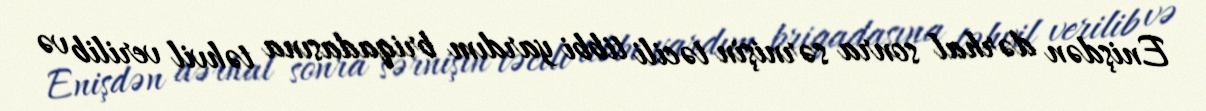
Enişdən dərhal sonra sərnişin təcili tibbi yardım briqadasına təhvil verilib və